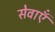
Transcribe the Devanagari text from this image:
सेवाऍं